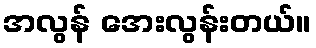
အလွန် အေးလွန်းတယ်။